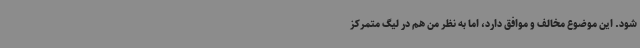
شود. این موضوع مخالف و موافق دارد، اما به نظر من هم در لیگ متمرکز